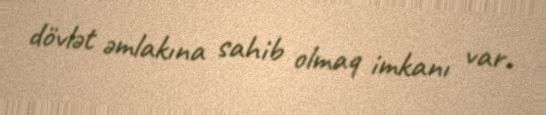
dövlət əmlakına sahib olmaq imkanı var.